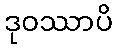
ဒုဝဿာပိ